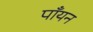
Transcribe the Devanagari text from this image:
पाँयन